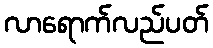
လာရောက်လည်ပတ်